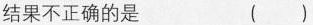
结果不正确的是 ( )